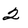
Character: 2